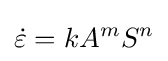
{\dot {\varepsilon }}=kA^{m}S^{n}